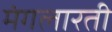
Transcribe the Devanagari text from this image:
मंगलारती